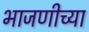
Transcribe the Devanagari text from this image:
भाजणीच्या